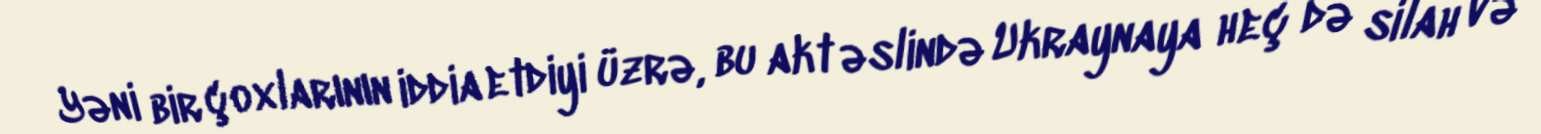
Yəni bir çoxlarının iddia etdiyi üzrə, bu akt əslində Ukraynaya heç də silah və